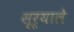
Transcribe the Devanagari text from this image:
सूर्याले